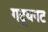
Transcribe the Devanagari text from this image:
गद्यनट